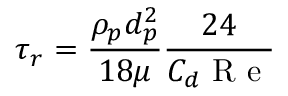
\tau _ { r } = \frac { \rho _ { p } d _ { p } ^ { 2 } } { 1 8 \mu } \frac { 2 4 } { C _ { d } \mathrm { ~ R ~ e ~ } }